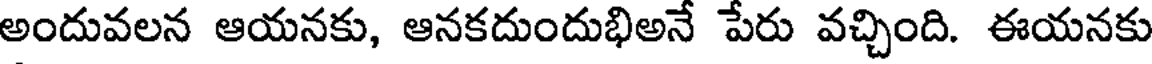
అందువలన ఆయనకు, ఆనకదుందుభిఅనే పేరు వచ్చింది. ఈయనకు